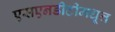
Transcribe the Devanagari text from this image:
एसएनडीटीमधून